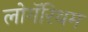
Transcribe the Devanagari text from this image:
लोगॅरिथम